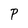
Character: P